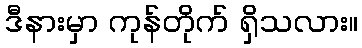
ဒီနားမှာ ကုန်တိုက် ရှိသလား။